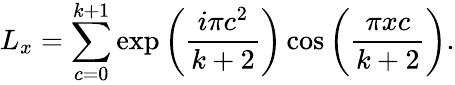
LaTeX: L_{x}=\sum_{c=0}^{k+1}\exp\left(\frac{i\pi c^{2}}{k+2}\right)\cos\left(\frac{\pi xc}{k+2}\right).